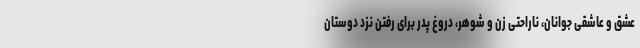
عشق و عاشقی جوانان، ناراحتی زن و شوهر، دروغ پدر برای رفتن نزد دوستان